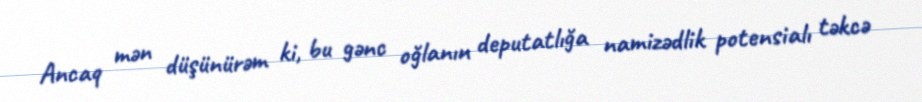
Ancaq mən düşünürəm ki, bu gənc oğlanın deputatlığa namizədlik potensialı təkcə